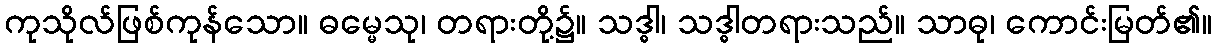
ကုသိုလ်ဖြစ်ကုန်သော။ ဓမ္မေသု၊ တရားတို့၌။ သဒ္ဓါ၊ သဒ္ဓါတရားသည်။ သာဓု၊ ကောင်းမြတ်၏။